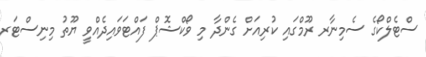
ސްޓެލްކޯގެ ސެމިނާރ ރޫމްގައި ކުރިއަށް ގެންދާ މި ވޯކްޝޮޕް ފައްޓަވައިދެއްވީ ޔޫތު މިނިސްޓަރ